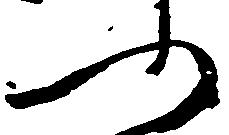
ふ